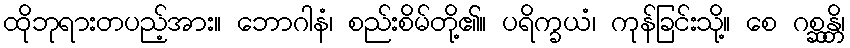
ထိုဘုရားတပည့်အား။ ဘောဂါနံ၊ စည်းစိမ်တို့၏။ ပရိက္ခယံ၊ ကုန်ခြင်းသို့။ စေ ဂစ္ဆန္တိ၊